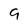
Character: 9